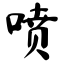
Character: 喷